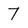
Character: 7